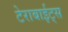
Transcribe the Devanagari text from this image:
टेराबाईट्स